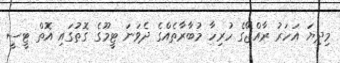
މިދިޔަ އަހަރު ރާއްޖޭގެ ހުރިހާ މުބާރާތެއްގެ ދެވަނަ ޓީމޫގެ ގޮތުގައި އޮތް ޓީސީ